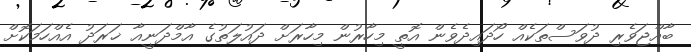
ބާއްޖަވެރި ދުވަސްތަކެއް ހޯދައިދެވެން އޮތީ މިހާރުން މިހާރަށް ދައުލަތުގެ އާމްދަނީއާ ޚަރަދު އެއްހަމަކޮށް